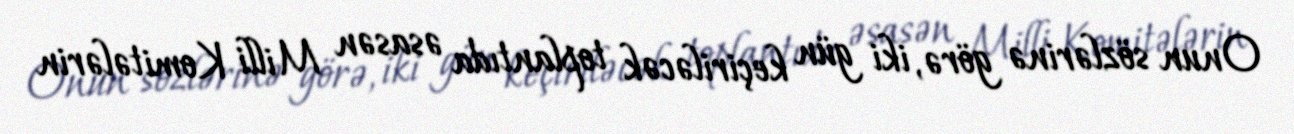
Onun sözlərinə görə, iki gün keçiriləcək toplantıda əsasən Milli Komitələrin